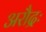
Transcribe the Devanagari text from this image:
अरौद्रः